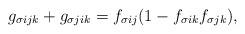
LaTeX: \begin{align*}g_{\sigma ijk} + g_{\sigma jik}= f_{\sigma ij}(1 - f_{\sigma ik} f_{\sigma jk}),\end{align*}